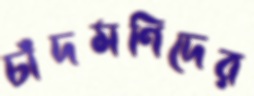
চাঁদমণিদের